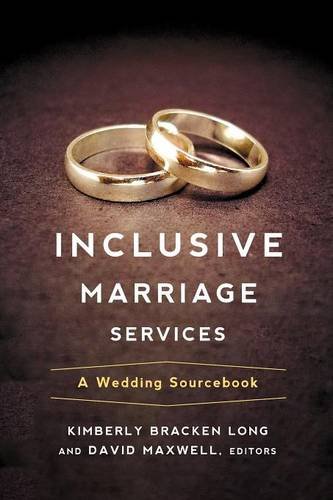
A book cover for Inclusive Marriage Services: A Wedding Sourcebook; Kimberly Bracken Long; Christian Books & Bibles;